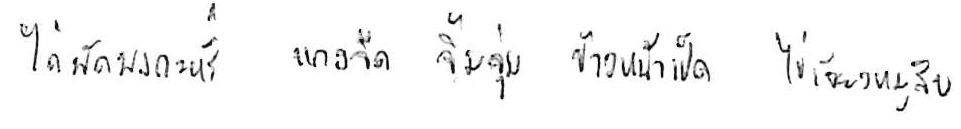
ไก่ผัดผงกะหรี่ แกงจืด จิ้มจุ่ม ข้าวหน้าเป็ด ไข่เจียวหมูสับ